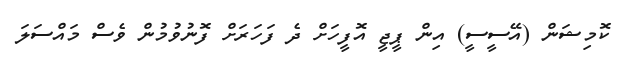
ކޮމިޝަން (އޭސީސީ) އިން ޕީޖީ އޮފީހަށް ދެ ފަހަރަށް ފޮނުވުމުން ވެސް މައްސަލަ